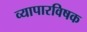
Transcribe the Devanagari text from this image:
व्यापारविषक